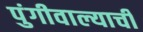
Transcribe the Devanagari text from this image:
पुंगीवाल्याची